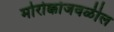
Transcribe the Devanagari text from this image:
मोरोक्कोजवळील